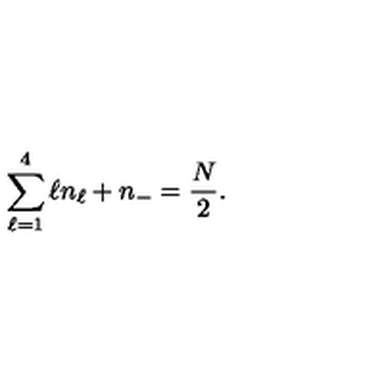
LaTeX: \sum _ { \ell = 1 } ^ { 4 } \ell n _ { \ell } + n _ { - } = \frac { N } { 2 } .